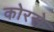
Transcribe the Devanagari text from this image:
कोरसे